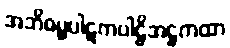
အဘိဓမ္ဓပါဋကပါဠိအဋ္ဌကထာ